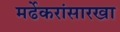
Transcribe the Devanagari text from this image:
मर्ढेकरांसारखा